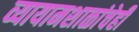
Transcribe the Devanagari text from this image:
व्यायामशाळांचेही